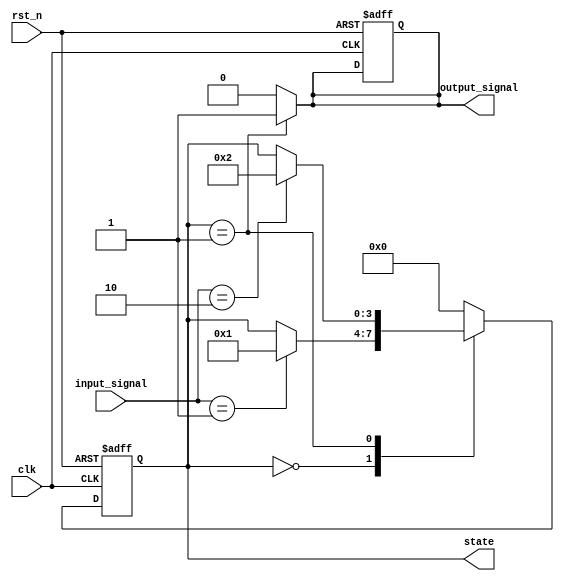
module default_state_initialization (
    input wire clk,          // Clock signal
    input wire rst_n,       // Active-low reset signal
    input wire [1:0] input_signal, // Example input signal
    output reg [3:0] state, // State variable
    output reg output_signal // Example output signal
);

// State encoding
localparam STATE_IDLE    = 4'b0000;
localparam STATE_ACTIVE  = 4'b0001;
localparam STATE_DONE    = 4'b0010;

// State variable initialization
initial begin
    state = STATE_IDLE; // Default state initialization
    output_signal = 1'b0; // Default output initialization
end

// Synchronous reset and state transition logic
always @(posedge clk or negedge rst_n) begin
    if (!rst_n) begin
        // Reset condition: Initialize state variables
        state <= STATE_IDLE; // Reset to default state
        output_signal <= 1'b0; // Reset output
    end else begin
        // State transition logic
        case (state)
            STATE_IDLE: begin
                if (input_signal == 2'b01) begin
                    state <= STATE_ACTIVE; // Transition to active state
                end
            end
            
            STATE_ACTIVE: begin
                if (input_signal == 2'b10) begin
                    state <= STATE_DONE; // Transition to done state
                end
            end
            
            STATE_DONE: begin
                // Example logic to return to idle state
                state <= STATE_IDLE; // Transition back to idle state
            end
            
            default: begin
                state <= STATE_IDLE; // Default case to avoid latches
            end
        endcase
    end
end

// Output logic based on current state
always @(*) begin
    case (state)
        STATE_IDLE: output_signal = 1'b0;
        STATE_ACTIVE: output_signal = 1'b1;
        STATE_DONE: output_signal = 1'b0;
        default: output_signal = 1'b0;
    endcase
end

endmodule